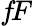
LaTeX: f\! F